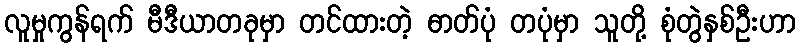
လူမှုကွန်ရက် မီဒီယာတခုမှာ တင်ထားတဲ့ ဓာတ်ပုံ တပုံမှာ သူတို့ စုံတွဲနှစ်ဦးဟာ